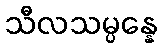
သီလသမ္ပန္နေ